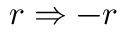
r \Rightarrow - r